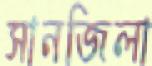
সানজিলা